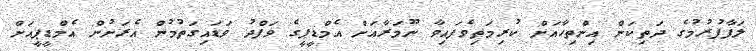
ލަފާފުރުމުގެ ދަތިކަން އިންތިހާއަށް ކުރިމަތިވެފައިވާ ނޫމަރާއަށް އެމްޑީޕީގެ ވަފްދު ވަޑައިގަތުމުން އެރަށުން އެމްޑީޕީއަށް